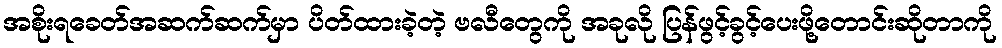
အစိုးရခေတ်အဆက်ဆက်မှာ ပိတ်ထားခဲ့တဲ့ ဗလီတွေကို အခုလို ပြန်ဖွင့်ခွင့်ပေးဖို့တောင်းဆိုတာကို